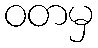
ဝတမှ